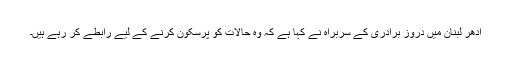
ادھر لبنان میں دروز برادری کے سربراہ نے کہا ہے کہ وہ حالات کو پرسکون کرنے کے لیے رابطے کر رہے ہیں۔